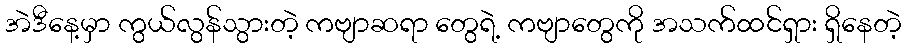
အဲဒီနေ့မှာ ကွယ်လွန်သွားတဲ့ ကဗျာဆရာ တွေရဲ့ ကဗျာတွေကို အသက်ထင်ရှား ရှိနေတဲ့